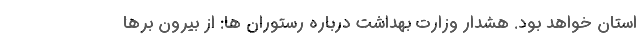
استان خواهد بود. هشدار وزارت بهداشت درباره رستوران ها: از بیرون برها